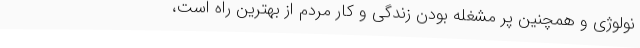
نولوژی و همچنین پر مشغله بودن زندگی و کار مردم از بهترین راه است،